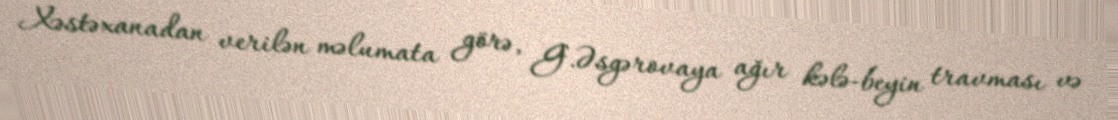
Xəstəxanadan verilən məlumata görə, G.Əsgərovaya ağır kələ-beyin travması və